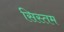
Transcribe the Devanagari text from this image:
सिस्तम